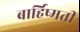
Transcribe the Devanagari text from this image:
बार्हिष्मती